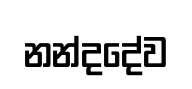
නන්දදේව